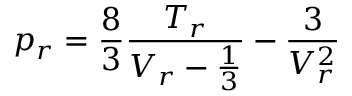
p _ { r } = { \frac { 8 } { 3 } } { \frac { T _ { r } } { V _ { r } - { \frac { 1 } { 3 } } } } - { \frac { 3 } { V _ { r } ^ { 2 } } }